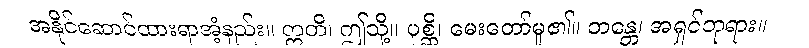
အနိုင်ဆောင်ထားရာအံ့နည်း။ ဣတိ၊ ဤသို့။ ပုစ္ဆိ၊ မေးတော်မူ၏။ ဘန္တေ၊ အရှင်ဘုရား။